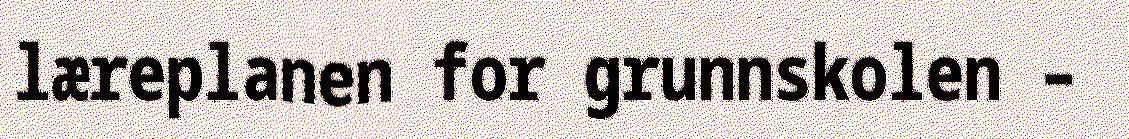
læreplanen for grunnskolen –